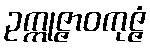
ဥက္ကုဇ္ဇာဝကုဇ္ဇံ